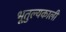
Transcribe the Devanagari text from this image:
भूतुल्यकाली